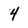
Character: 4